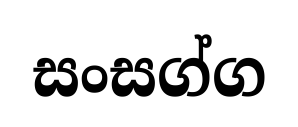
සංසග්ග